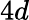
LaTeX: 4d